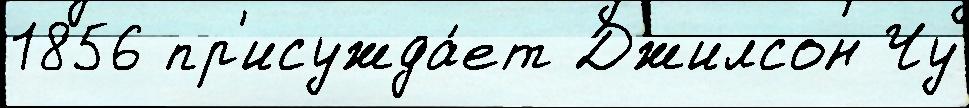
1856 пр'исужда́ет Джилсон Чу